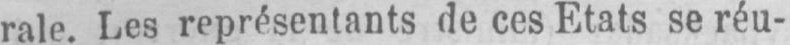
rale. Les représentants de ces Etats se réu-